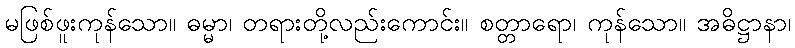
မဖြစ်ဖူးကုန်သော။ ဓမ္မာ၊ တရားတို့လည်းကောင်း။ စတ္တာရော၊ ကုန်သော။ အဓိဋ္ဌာနာ၊